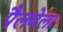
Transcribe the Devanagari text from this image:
पैलमेला